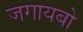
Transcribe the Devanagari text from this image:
जगायबो